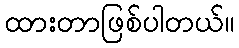
ထားတာဖြစ်ပါတယ်။